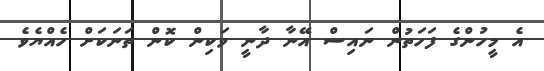
އެ މީހުންގެ ފަހަތުން ނައިސް އޭނާ ދާނީ ވަކިން ކޮން ތަނަކަށް ހެއްޔެވެ